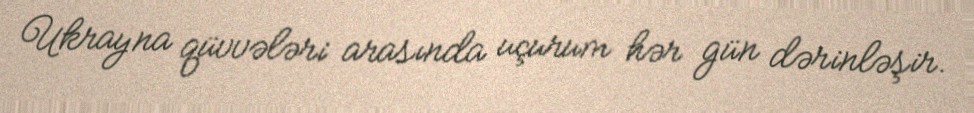
Ukrayna qüvvələri arasında uçurum hər gün dərinləşir.